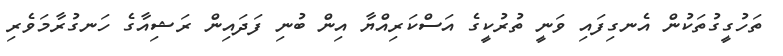
ތަހުގީގުތަކުން އެނގިފައި ވަނީ ތުރުކީގެ އަސްކަރިއްޔާ އިން ބުނި ފަދައިން ރަޝިއާގެ ހަނގުރާމަވެރި